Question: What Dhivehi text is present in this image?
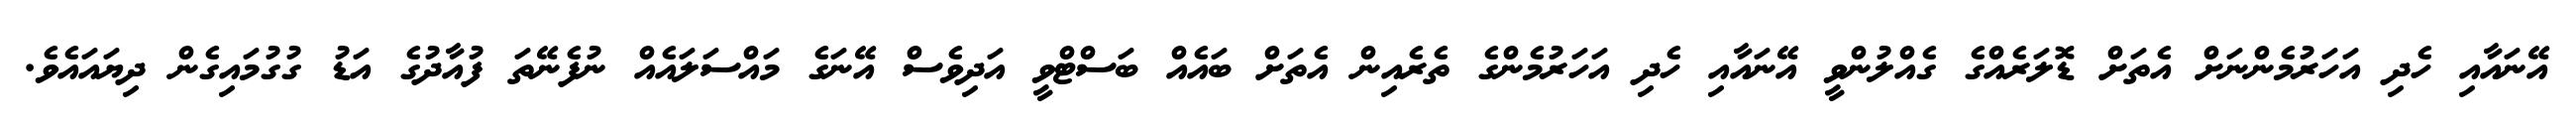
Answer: އޭނައާއި ހެދި އަހަރުމެންނަށް އެތަށް ޑޮލަރެއްގެ ގެއްލުންވީ އޭނައާއި ހެދި އަހަރުމެންގެ ތެރެއިން އެތަށް ބައެއް ބަސްޓްވީ އަދިވެސް އޭނަގެ މައްސަލައެއް ނުފެނޭތަ ފުއާދުގެ އަޑު ގުގުމައިގެން ދިޔައައެވެ.